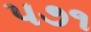
પ૭૧